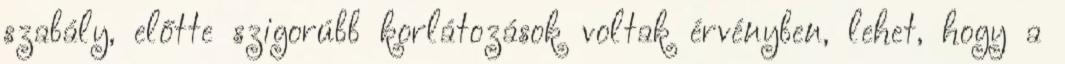
szabály, előtte szigorúbb korlátozások voltak érvényben, lehet, hogy a